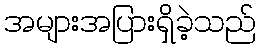
အများအပြားရှိခဲ့သည်